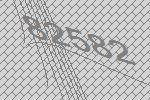
82582